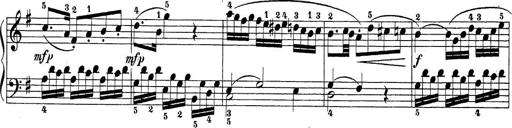
Title: Sonatina Album
Composer: Louis KÃ¶hler